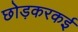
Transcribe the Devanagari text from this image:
छोड़करकई